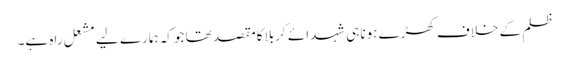
ظلم کے خلاف کھڑے ہونا ہی شہدائے کربلا کامقصد تھا جو کہ ہمارے لیے مشعل راہ ہے۔